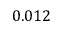
0 . 0 1 2